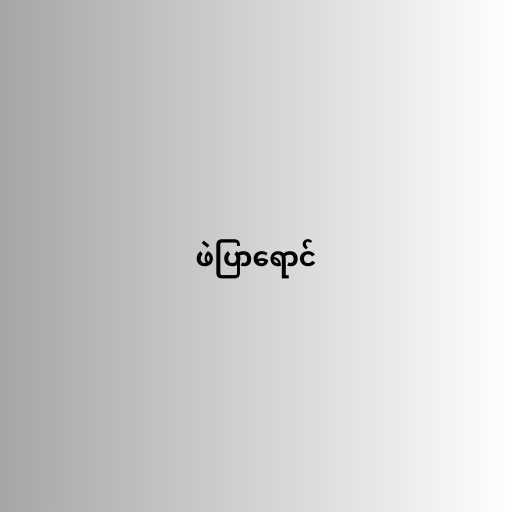
ဖဲပြာရောင်